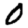
Digit: 0